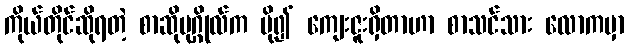
ကိုယ်တိုင်ဆိုရတဲ့ စာဆိုပုဂ္ဂိုလ်က ပို၍ ကျေးဇူးရှိတာဟာ စာသင်သား လောကမှာ